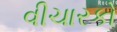
વીચારકો